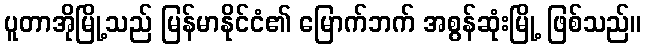
ပူတာအိုမြို့သည် မြန်မာနိုင်ငံ၏ မြောက်ဘက် အစွန်ဆုံးမြို့ ဖြစ်သည်။